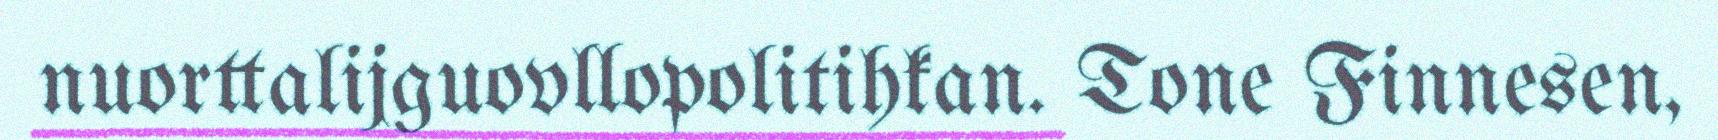
nuorttalijguovllopolitihkan. Tone Finnesen,